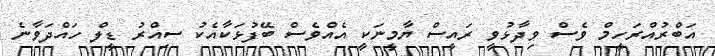
އަބްރުއްރަހީމް ވެސް ވިދާޅުވީ ރައީސް ޔާމީނަކީ އެއްވެސް ބޭފުޅަކާއެކު ސިއްރު ޑީލް ހައްދަވާނެ